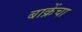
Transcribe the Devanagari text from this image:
बाक्रेंचा